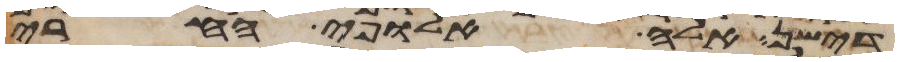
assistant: דישן אלה אלופי החרי